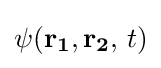
\psi (\mathbf {r_{1}} ,\mathbf {r_{2}} ,\,t)